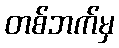
တစ်ဘက်မှ